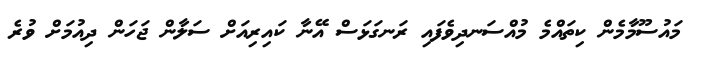
މައުސޫމާމެން ކިތައްމެ މުއްސަނދިވެފައި ރަނގަޅަސް އޭނާ ކައިރިއަށް ސަލާން ޖަހަން ދިއުމަށް ވުރެ